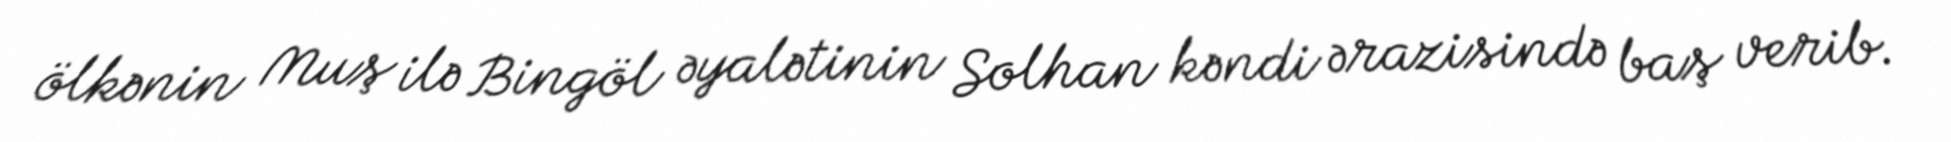
ölkənin Muş ilə Bingöl əyalətinin Solhan kəndi ərazisində baş verib.